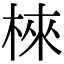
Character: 棶